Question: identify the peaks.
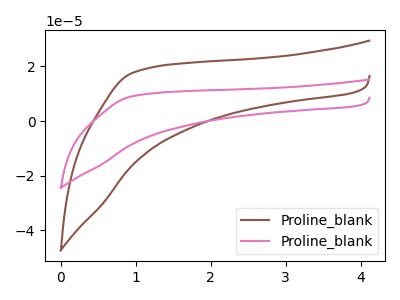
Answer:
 <answer>The brown curve "Proline_blank1" has no peaks. The pink curve "Proline_blank2" has no peaks.</answer>
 <eval></eval>